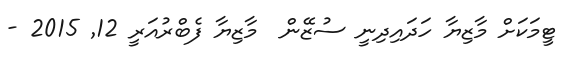
ޓީމަކަށް މާޒިޔާ ހަދައިދިނީ ސުޒޭން  މާޒިޔާ ފެބްރުއަރީ 12